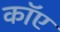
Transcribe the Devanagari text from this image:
काॅए